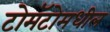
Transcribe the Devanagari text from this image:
टोमॅटोमधील